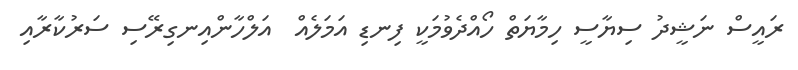
ރައީސް ނަޝީދު ސިޔާސީ ހިމާޔަތް ހޯއްދެވުމަކީ ފިނޑި އަމަލެއް  އަލްހާންއިނގިރޭސި ސަރުކާރާއި